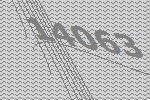
14063